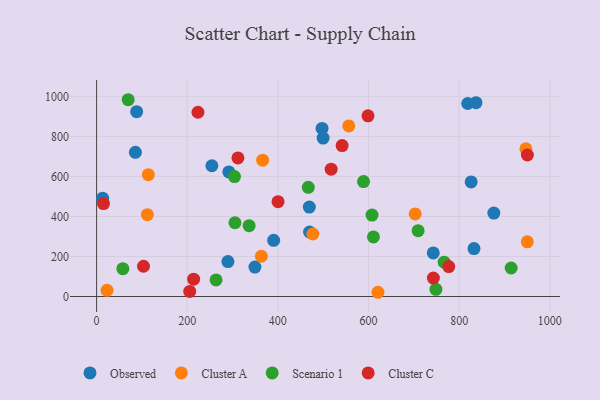
{"axis": {"x": "Experience", "y": "Exam Score"}, "legend": ["Cluster A", "Cluster C", "Observed", "Scenario 1"], "data": [{"x": "254.4", "y": 653.0, "type": "Observed"}, {"x": "876.6", "y": 416.7, "type": "Observed"}, {"x": "818.9", "y": 964.0, "type": "Observed"}, {"x": "289.8", "y": 174.3, "type": "Observed"}, {"x": "13.3", "y": 491.3, "type": "Observed"}, {"x": "291.8", "y": 622.5, "type": "Observed"}, {"x": "826.5", "y": 572.4, "type": "Observed"}, {"x": "497.5", "y": 839.6, "type": "Observed"}, {"x": "832.8", "y": 239.2, "type": "Observed"}, {"x": "469.4", "y": 446.6, "type": "Observed"}, {"x": "349.4", "y": 147.2, "type": "Observed"}, {"x": "390.7", "y": 280.8, "type": "Observed"}, {"x": "499.9", "y": 791.1, "type": "Observed"}, {"x": "85.6", "y": 720.4, "type": "Observed"}, {"x": "470.0", "y": 322.1, "type": "Observed"}, {"x": "88.4", "y": 923.1, "type": "Observed"}, {"x": "742.9", "y": 217.9, "type": "Observed"}, {"x": "837.2", "y": 968.2, "type": "Observed"}, {"x": "947.4", "y": 737.6, "type": "Cluster A"}, {"x": "556.5", "y": 851.9, "type": "Cluster A"}, {"x": "703.0", "y": 412.7, "type": "Cluster A"}, {"x": "114.1", "y": 608.4, "type": "Cluster A"}, {"x": "366.5", "y": 680.8, "type": "Cluster A"}, {"x": "363.7", "y": 201.1, "type": "Cluster A"}, {"x": "23.1", "y": 30.8, "type": "Cluster A"}, {"x": "620.9", "y": 21.1, "type": "Cluster A"}, {"x": "112.0", "y": 408.6, "type": "Cluster A"}, {"x": "477.1", "y": 312.2, "type": "Cluster A"}, {"x": "950.4", "y": 272.9, "type": "Cluster A"}, {"x": "304.3", "y": 599.2, "type": "Scenario 1"}, {"x": "610.9", "y": 297.7, "type": "Scenario 1"}, {"x": "767.0", "y": 171.5, "type": "Scenario 1"}, {"x": "914.8", "y": 142.3, "type": "Scenario 1"}, {"x": "263.6", "y": 82.9, "type": "Scenario 1"}, {"x": "57.9", "y": 139.2, "type": "Scenario 1"}, {"x": "467.1", "y": 545.3, "type": "Scenario 1"}, {"x": "607.8", "y": 406.6, "type": "Scenario 1"}, {"x": "709.5", "y": 328.9, "type": "Scenario 1"}, {"x": "589.1", "y": 574.2, "type": "Scenario 1"}, {"x": "69.7", "y": 982.9, "type": "Scenario 1"}, {"x": "305.3", "y": 368.5, "type": "Scenario 1"}, {"x": "748.8", "y": 35.7, "type": "Scenario 1"}, {"x": "336.6", "y": 354.0, "type": "Scenario 1"}, {"x": "541.8", "y": 754.0, "type": "Cluster C"}, {"x": "400.4", "y": 473.6, "type": "Cluster C"}, {"x": "103.5", "y": 151.1, "type": "Cluster C"}, {"x": "214.1", "y": 86.3, "type": "Cluster C"}, {"x": "777.1", "y": 149.3, "type": "Cluster C"}, {"x": "598.9", "y": 902.3, "type": "Cluster C"}, {"x": "205.5", "y": 25.4, "type": "Cluster C"}, {"x": "15.2", "y": 464.4, "type": "Cluster C"}, {"x": "223.7", "y": 920.3, "type": "Cluster C"}, {"x": "743.2", "y": 91.8, "type": "Cluster C"}, {"x": "311.9", "y": 692.3, "type": "Cluster C"}, {"x": "950.6", "y": 706.9, "type": "Cluster C"}, {"x": "517.6", "y": 635.8, "type": "Cluster C"}]}